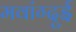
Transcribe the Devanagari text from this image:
मवांग्दुई